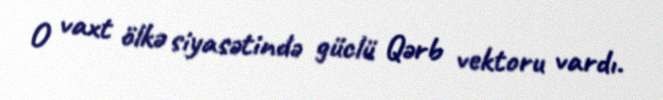
O vaxt ölkə siyasətində güclü Qərb vektoru vardı.